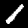
Digit: 1